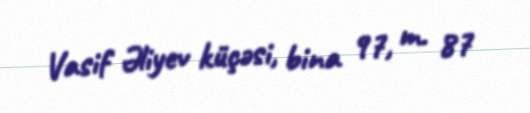
Vasif Əliyev küçəsi, bina 97, m. 87